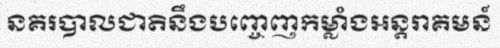
នគរបាលជាតិនឹងបញ្ចេញកម្លាំងអន្តរាគមន៍